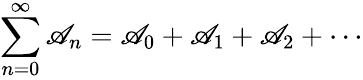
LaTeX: \sum_{n=0}^{\infty}\mathscr{A}_{n}=\mathscr{A}_{0}+\mathscr{A}_{1}+\mathscr{A}_{2}+\cdots